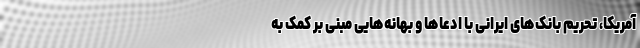
آمریکا، تحریم بانک‌های ایرانی با ادعاها و بهانه‌هایی مبنی بر کمک به